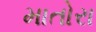
માતોરા